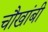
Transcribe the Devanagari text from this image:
चौखांबी